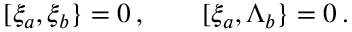
\lbrack \xi _ { a } , \xi _ { b } \} = 0 \, , \quad \quad \lbrack \xi _ { a } , \Lambda _ { b } \} = 0 \, .